Leaving Certificate Examination, 1921
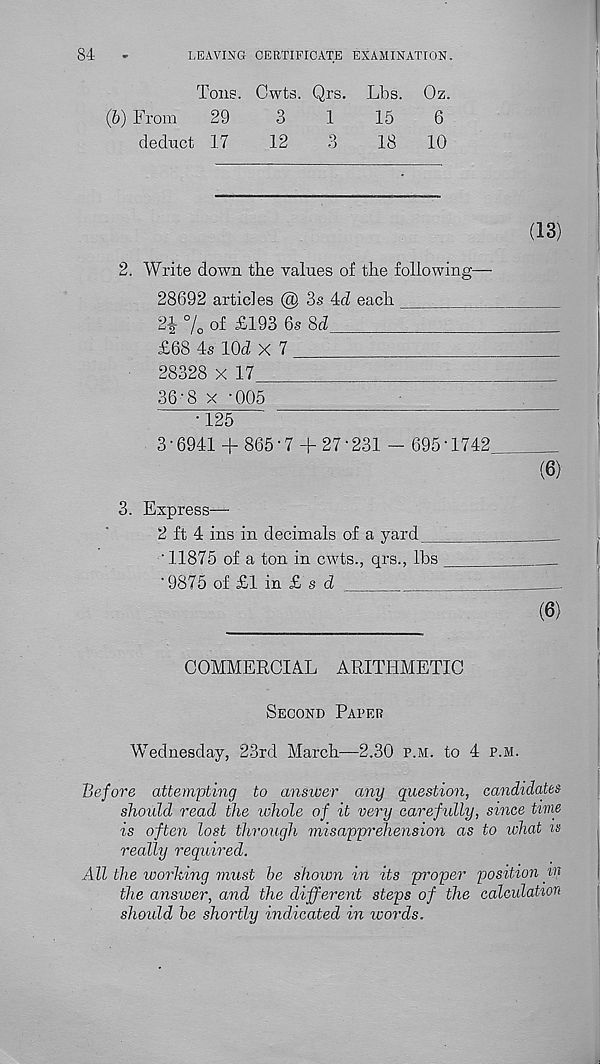
84
LEAVING CERTIFICATE EXAMINATION.
Tons. Cwts. Qrs. Lbs. Oz.
(6) From
29
3
1
15
6
deduct 17
12
3
18
10
(13)
2. Write down the values of the following—
28692 articles @ 3s 4<i each
21 % of £193 6s 8d
£68 4s lOd x 7
28328 x 17
36-8 x -005
•125
3 • 6941 + 865 • 7 + 27 ‘ 231 - 695 • 1742
(6)
3. Express—
2 ft 4 ins in decimals of a yard
'11875 of a ton in cwts., qrs., lbs
' 9875 of £1 in £ s d
(6)
COMMERCIAL ARITHMETIC
Second Paper
Wednesday, 23rd March;—2.30 p.m. to 4 p.m.
Before attempting to answer any question, candidates
should read the ichole of it very carefully, since time
is often lost through misapprehension as to what is
really required.
All the working must be shown in its piwper position w
the answer, and the different steps of the calculation
shoidd be shortly indicated in ivords.